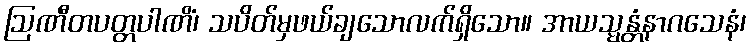
ဩဏီတပတ္တပါဏိံ၊ သပိတ်မှဖယ်ချသောလက်ရှိသော။ အာယသ္မန္တံနာဂသေနံ၊